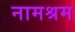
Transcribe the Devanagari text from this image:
नामश्रम